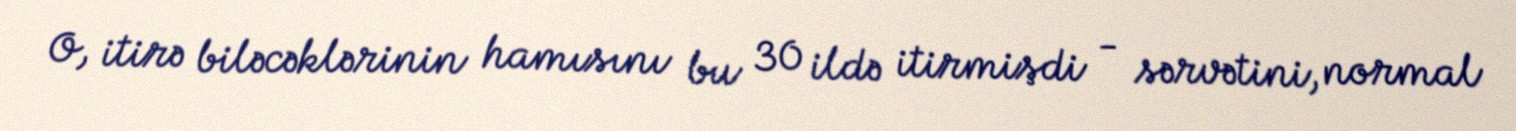
O, itirə biləcəklərinin hamısını bu 30 ildə itirmişdi - sərvətini, normal